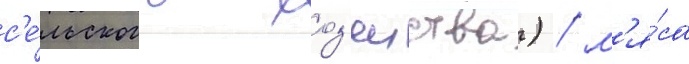
с'е́льского хоз'яиства) / м'я́са